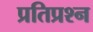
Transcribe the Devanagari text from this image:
प्रतिप्रश्न